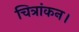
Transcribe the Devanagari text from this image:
चित्रांकन।